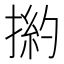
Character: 𢰹